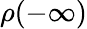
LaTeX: \rho(-\infty)